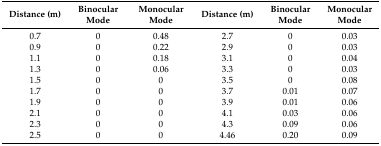
<table><thead><tr><td><b>Distance (m)</b></td><td><b>Binocular Mode</b></td><td><b>Monocular Mode</b></td><td><b>Distance (m)</b></td><td><b>Binocular Mode</b></td><td><b>Monocular Mode</b></td></tr></thead><tbody><tr><td>0.7</td><td>0</td><td>0.48</td><td>2.7</td><td>0</td><td>0.03</td></tr><tr><td>0.9</td><td>0</td><td>0.22</td><td>2.9</td><td>0</td><td>0.03</td></tr><tr><td>1.1</td><td>0</td><td>0.18</td><td>3.1</td><td>0</td><td>0.04</td></tr><tr><td>1.3</td><td>0</td><td>0.06</td><td>3.3</td><td>0</td><td>0.03</td></tr><tr><td>1.5</td><td>0</td><td>0</td><td>3.5</td><td>0</td><td>0.08</td></tr><tr><td>1.7</td><td>0</td><td>0</td><td>3.7</td><td>0.01</td><td>0.07</td></tr><tr><td>1.9</td><td>0</td><td>0</td><td>3.9</td><td>0.01</td><td>0.06</td></tr><tr><td>2.1</td><td>0</td><td>0</td><td>4.1</td><td>0.03</td><td>0.06</td></tr><tr><td>2.3</td><td>0</td><td>0</td><td>4.3</td><td>0.09</td><td>0.06</td></tr><tr><td>2.5</td><td>0</td><td>0</td><td>4.46</td><td>0.20</td><td>0.09</td></tr></tbody></table>